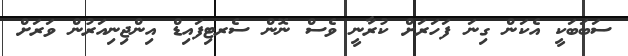
ސަބަބަކީ އެކަން ގިނަ ފަހަރަށް ކުރާނީ ވެސް ނޮން ސެރޓިފައިޑް އިންޖިނިއަރުން ވަރަށް